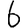
Digit: 6